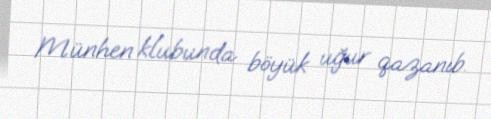
Münhen klubunda böyük uğur qazanıb.